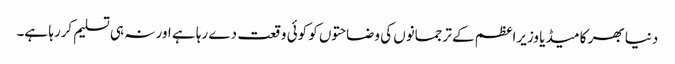
دنیا بھر کا میڈیا وزیراعظم کے ترجمانوں کی وضاحتوں کو کوئی وقعت دے رہا ہے اور نہ ہی تسلیم کررہا ہے۔